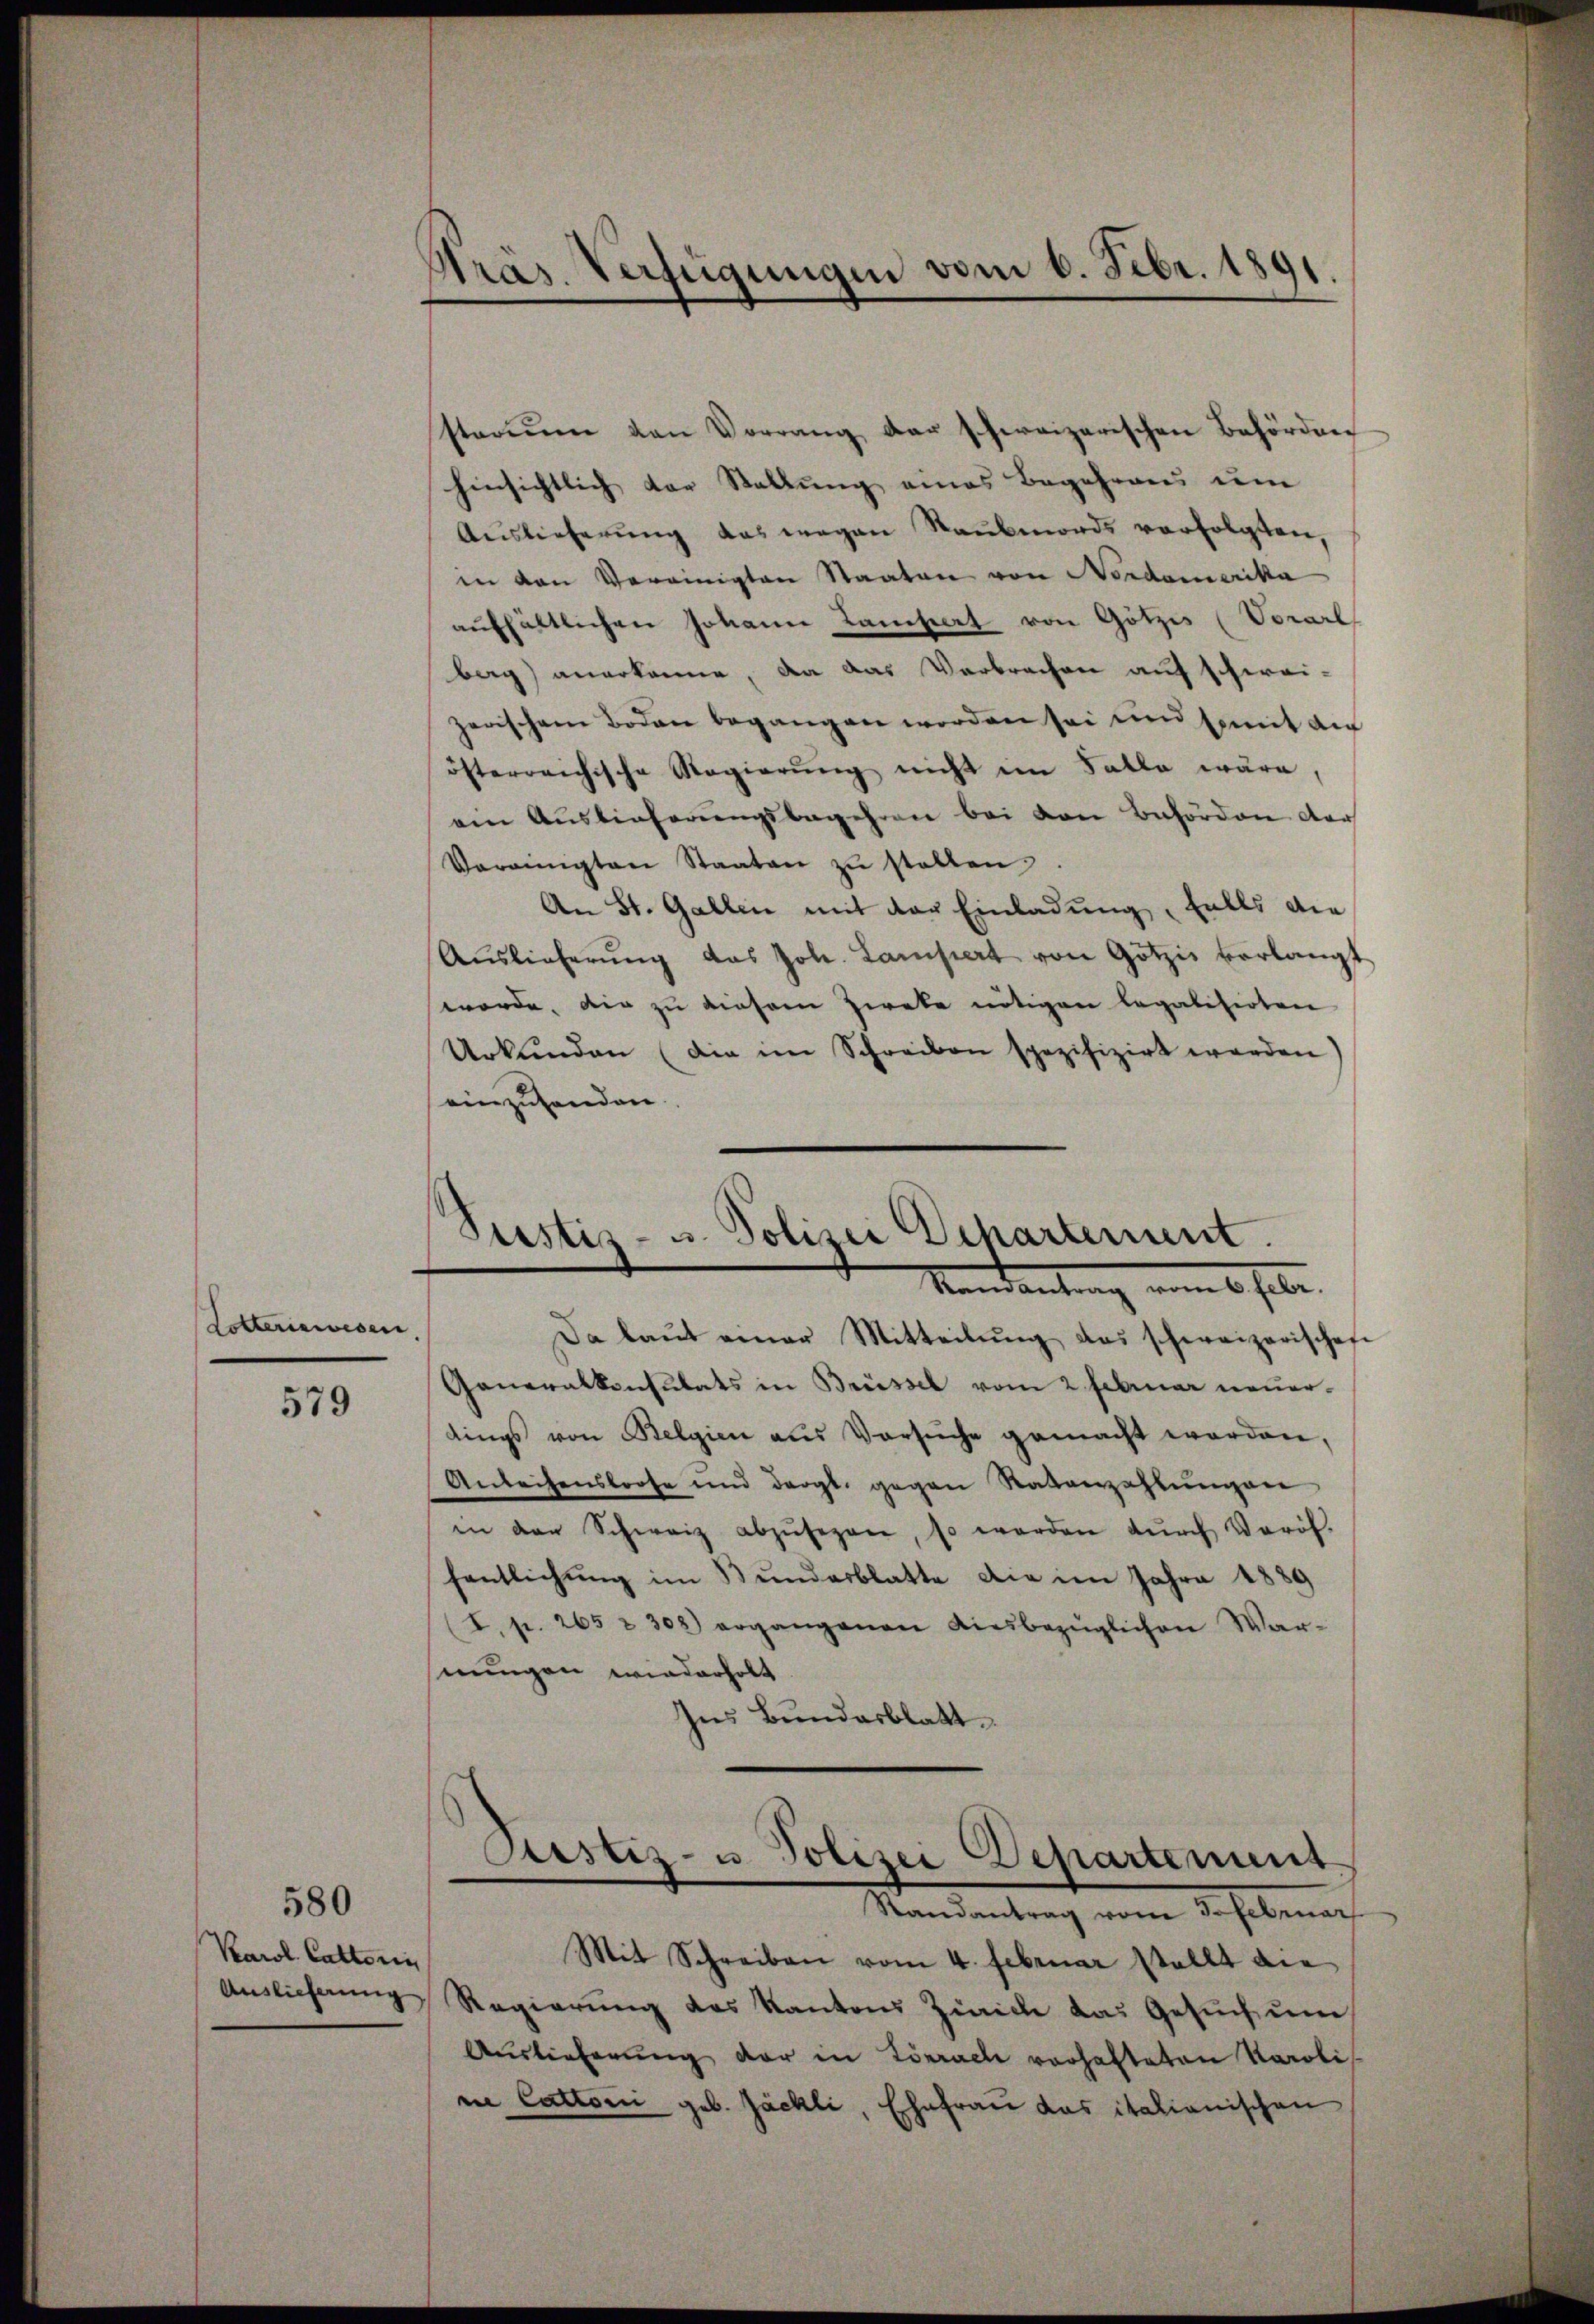
Lotteriswesen.

579

Karol. Cattorin
Auslieferung

580

Präs. Verfügungen vom 6. Febr. 1891

stadium von Vorrang der schweizerischen Behörden
hinsichtlich der Stellung eines Begehrens um
Auslieferŭng das wegen Raubmords verfolgten,
in den Vereinigten Staaten von Nordamerika
aŭfhältlichen Johann Kaisert von Götzis (Vorarl
berg anerkanne, da das Verbrechen auf schweizerischen Boden begangen worden sei und somit die
österreichische Regierŭng nicht im Falle wäre,
ein Auslieferŭngsbegehren bei von Behörden der
Vereinigten Staaten zŭ stellen,
An St. Gallen mit der Einladung, falls die
Aŭslieferŭng das Joh. Lanisiert von Götzis verlangt
worde, die zu diesem Zweke nötigen legalisirten
Urkunden (die im Schreiben spezifizirt worden
einzuhanden.
Pustiz- u. Polizei Departement.
Mandantung vom 6. selbe.
Da laŭt einer Mitteilŭng das schweizerischef
Generalkonsulats in Brüssel vom 2 Februar neuerdings von Belgien aŭs Versŭche gemacht worden,
Anleihenstrose und dergl. gegen Ratenzahlŭngen
in den Schweiz abzŭsezen, so werden dŭrch Veröf
fentlichung im Bundesblatte die im Jahre 1889
(I. p. 265 : 302) ergangenen diesbezüglichen War-
nungen wiederholt
Ins Bundesblatt

Justiz- u Polizei Departement.
Randantrag vom Sofebenan

Mit Schreiben vom 4. Februar stellt die
Regierung des Kantons Zürich das Gesuch um
Auslieferŭng der in Lörrach vorhalteten Karolis
ne Cattoni geb. Jächli, Ehefrau das italianischen